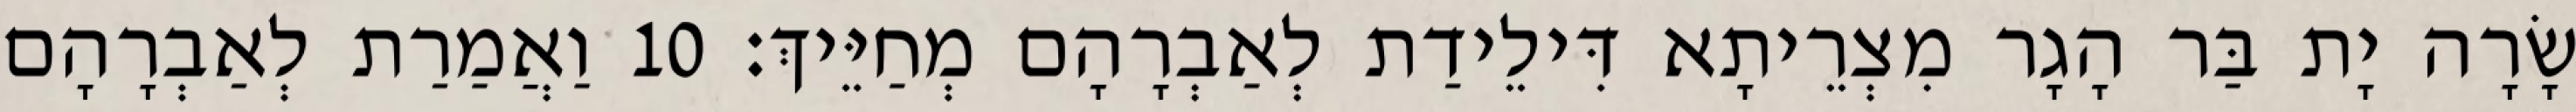
שָׂרָה יָת בַּר הָגָר מִצְרֵיתָא דִּילֵידַת לְאַבְרָהָם מְחַיֵּיךְ׃ 10 וַאֲמַרַת לְאַבְרָהָם